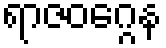
ရာဇဝဂ္ဂေန